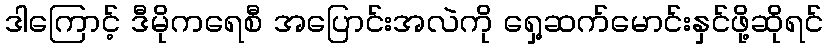
ဒါကြောင့် ဒီမိုကရေစီ အပြောင်းအလဲကို ရှေ့ဆက်မောင်းနှင်ဖို့ဆိုရင်